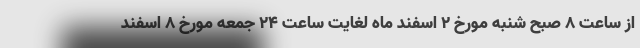
از ساعت 8 صبح شنبه مورخ 2 اسفند ماه لغایت ساعت 24 جمعه مورخ 8 اسفند